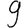
Digit: 9